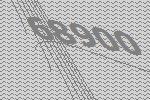
68900